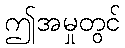
ဤအမှုတွင်